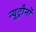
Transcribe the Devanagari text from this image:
न्यूट्रौनों